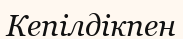
Кепілдікпен